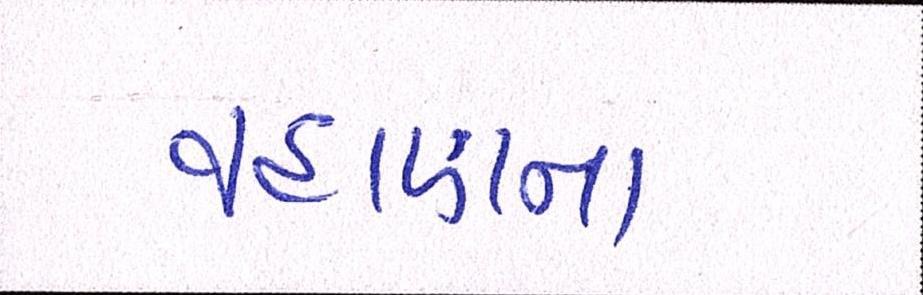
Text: વહાણના